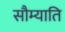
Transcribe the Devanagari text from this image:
सौम्याति